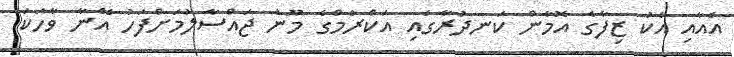
އެއާއި އެކު ޒިފާގެ އޮމާން ކަނދުރާގައި އަކްރަމްގެ މޫނު ޖައްސާލުމަށްފަހު އޭނާ ވާހަކަ